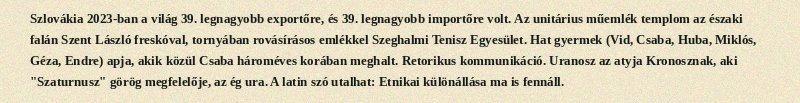
Szlovákia 2023-ban a világ 39. legnagyobb exportőre, és 39. legnagyobb importőre volt. Az unitárius műemlék templom az északi falán Szent László freskóval, tornyában rovásírásos emlékkel Szeghalmi Tenisz Egyesület. Hat gyermek (Vid, Csaba, Huba, Miklós, Géza, Endre) apja, akik közül Csaba hároméves korában meghalt. Retorikus kommunikáció. Uranosz az atyja Kronosznak, aki "Szaturnusz" görög megfelelője, az ég ura. A latin szó utalhat: Etnikai különállása ma is fennáll.